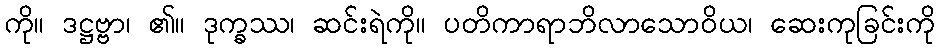
ကို။ ဒဋ္ဌဗ္ဗာ၊ ၏။ ဒုက္ခဿ၊ ဆင်းရဲကို။ ပတိကာရာဘိလာသောဝိယ၊ ဆေးကုခြင်းကို